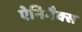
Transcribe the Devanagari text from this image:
ऐनिमैक्स